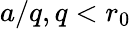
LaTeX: a/q,q<r_{0}